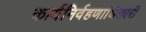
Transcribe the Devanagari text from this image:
कार्यनिर्वहणाधिकारी